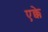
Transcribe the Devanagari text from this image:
एक्के